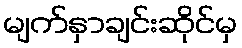
မျက်နှာချင်းဆိုင်မှ